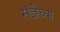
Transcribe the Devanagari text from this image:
संज्ञेच्या